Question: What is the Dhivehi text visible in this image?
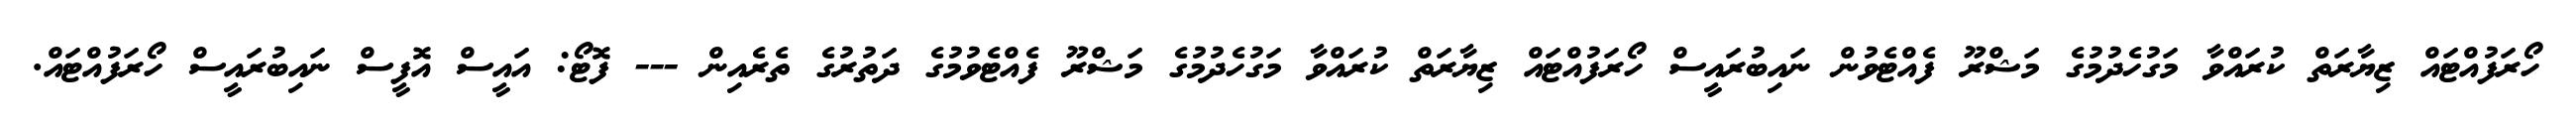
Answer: ހޯރަފުއްޓައް ޒިޔާރަތް ކުރައްވާ މަގުހެދުމުގެ މަޝްރޫ ފެއްޓެވުން ނައިބުރައީސް ހޯރަފުއްޓައް ޒިޔާރަތް ކުރައްވާ މަގުހެދުމުގެ މަޝްރޫ ފެއްޓެވުމުގެ ދަތުރުގެ ތެރެއިން --- ފޮޓޯ: އައީސް އޮފީސް ނައިބުރައީސް ހޯރަފުއްޓައް.